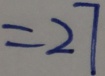
= 2 7